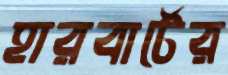
হারবার্টের